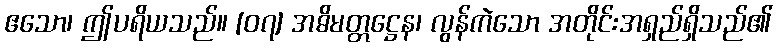
ဧသော၊ ဤပရိယသည်။ [၀၇] အဓိမတ္တဋ္ဌေန၊ လွန်ကဲသော အတိုင်းအရှည်ရှိသည်၏